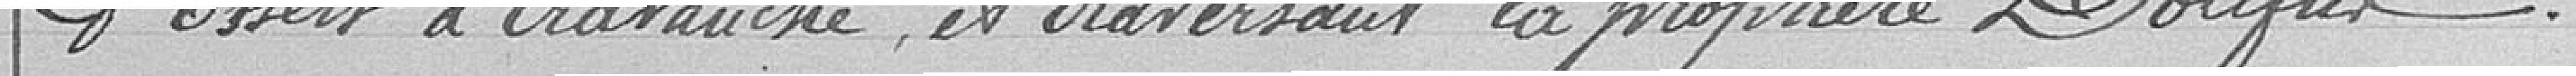
d'Essert à Cravanche, et traversant la propriété DOLFUS.